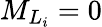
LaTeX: {M}_{{L}_{i}}=0